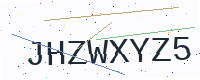
Text: JHZWXYZ5